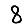
Digit: 8